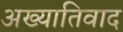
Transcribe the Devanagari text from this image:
अख्यातिवाद